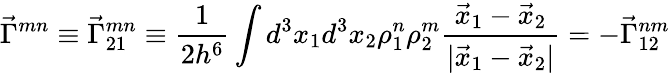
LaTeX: \vec{\Gamma}^{mn}\equiv\vec{\Gamma}_{21}^{mn}\equiv\frac{1}{2h^{6}}\int d^{3}x_{1}d^{3}x_{2}\rho_{1}^{n}\rho_{2}^{m}\frac{\vec{x}_{1}-\vec{x}_{2}}{|\vec{x}_{1}-\vec{x}_{2}|}=-\vec{\Gamma}_{12}^{nm}